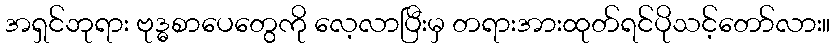
အရှင်ဘုရား ဗုဒ္ဓစာပေတွေကို လေ့လာပြီးမှ တရားအားထုတ်ရင်ပိုသင့်တော်လား။